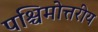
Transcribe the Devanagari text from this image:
पश्चिमोत्तरीय